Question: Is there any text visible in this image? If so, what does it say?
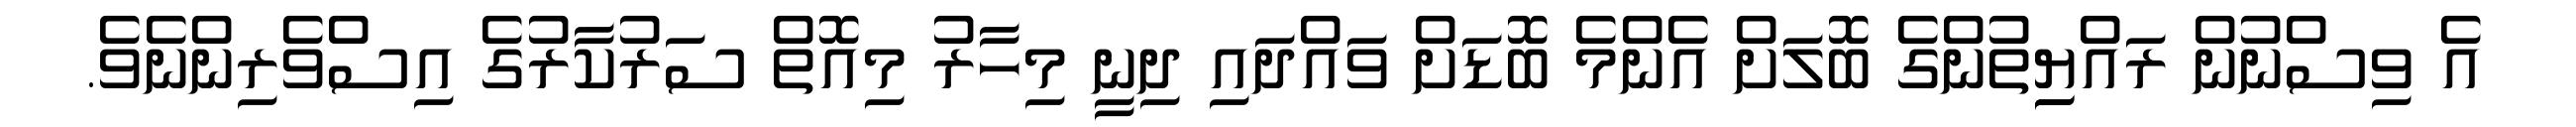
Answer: އެ ވިސްނުން ރައްޔިިތުންގެ ބޮލަށް އެންމެ ބޮޑަށް ވައްދައި ދިނީ މިހާރު މިއޮތް ސަރުކާރުގެ އިސްވެރިންނެވެ.